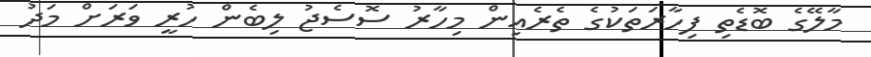
މާލޭގެ ބޮޑެތި ފިހާރަތަކުގެ ތެރެއިން މިހާރު ސޮސެޖު ލިބެން ހުރީ ވަރަށް މަދު